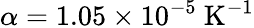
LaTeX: \alpha=1.05\times 10^{-5}~\mathrm{K}^{-1}